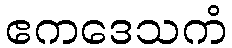
ဧကဒေသကံ